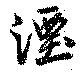
湮